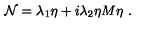
{ \cal N } = \lambda _ { 1 } \eta + i \lambda _ { 2 } \eta M \eta \ .